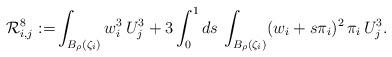
LaTeX: \begin{align*}\mathcal{R}_{i,j}^8:=&\int_{B_\rho(\zeta_i)}w_i^3\,U_j^3+3\int_0^1 ds\,\int_{B_\rho(\zeta_i)}(w_i+s\pi_i)^2\,\pi_i\,U_j^3.\end{align*}